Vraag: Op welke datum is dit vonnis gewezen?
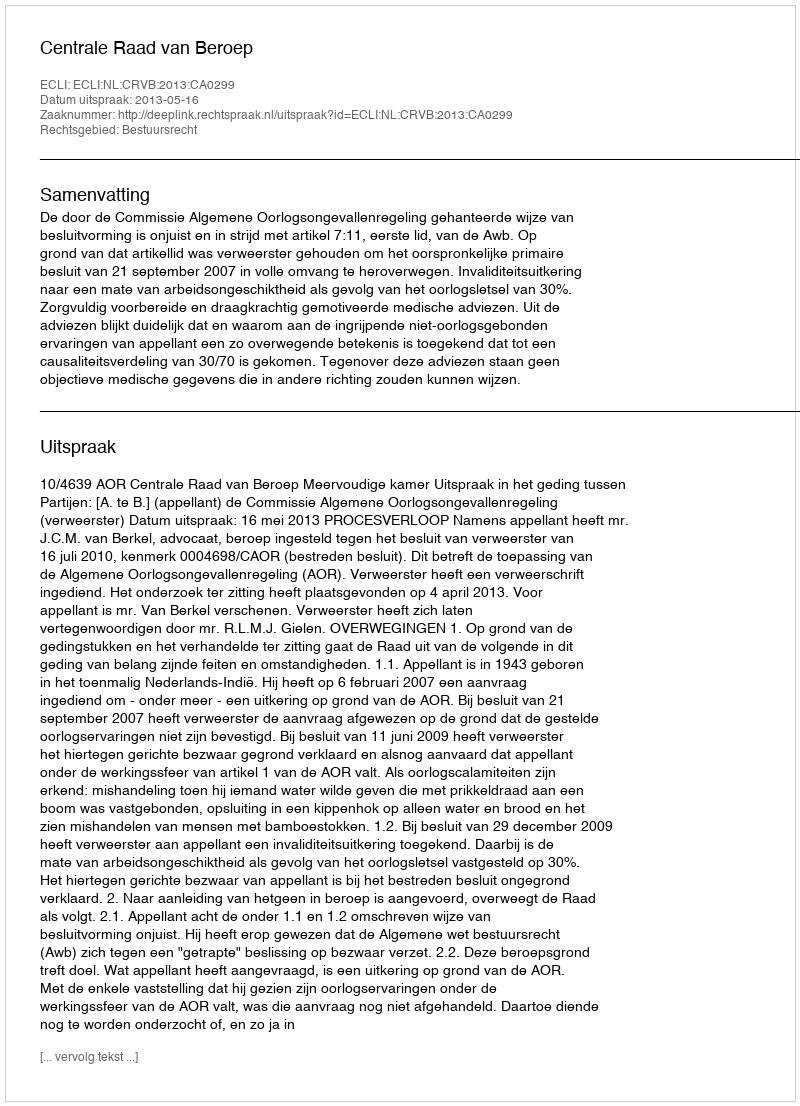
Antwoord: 2013-05-16